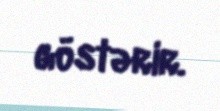
göstərir.